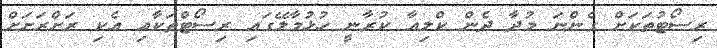
ރިސޯޓުތަކަށް ގެންނަ މުދާ ދެން ކްލިއާ ކުރާނީ ހުޅުމާލޭގައި ރިސޯޓްތަކާއި އެކި ރަށްރަށަށް